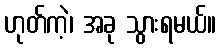
ဟုတ်ကဲ့၊ အခု သွားရမယ်။